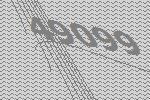
49099